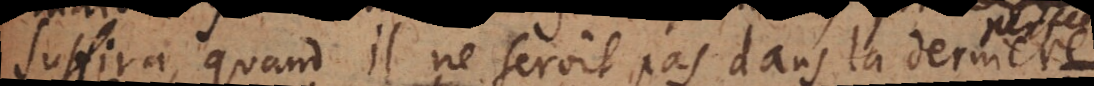
suffira quand il ne seroit pas dans la dernier